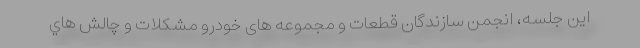
اين جلسه، انجمن سازندگان قطعات و مجموعه های خودرو مشكلات و چالش هاي